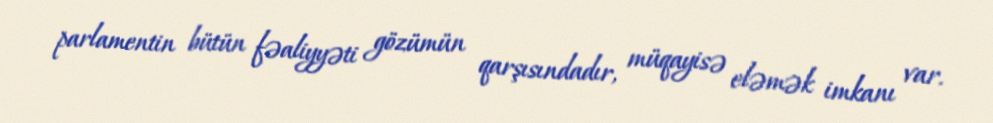
parlamentin bütün fəaliyyəti gözümün qarşısındadır, müqayisə eləmək imkanı var.